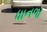
ધાનળા